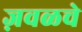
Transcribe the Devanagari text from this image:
ज़वळचे